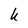
Character: U